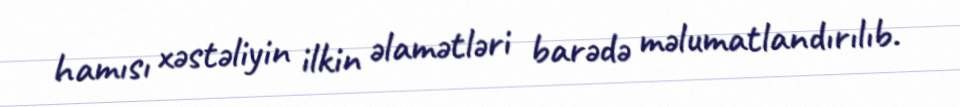
hamısı xəstəliyin ilkin əlamətləri barədə məlumatlandırılıb.